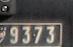
9373